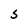
Character: S